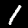
Digit: 1